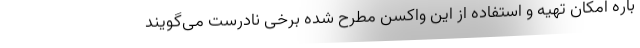
باره امکان تهیه و استفاده از این واکسن مطرح شده برخی نادرست می‌گویند